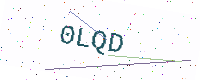
Text: 0LQD